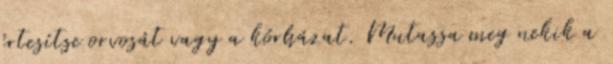
értesítse orvosát vagy a kórházat. Mutassa meg nekik a